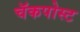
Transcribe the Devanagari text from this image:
चॅकपोस्ट